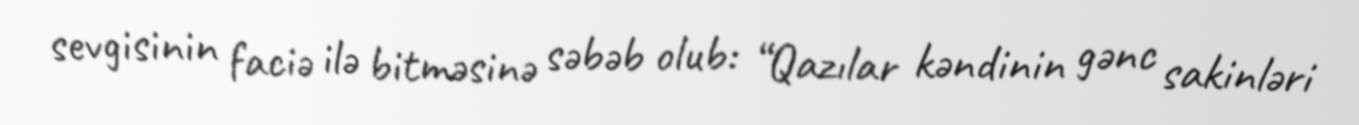
sevgisinin faciə ilə bitməsinə səbəb olub: “Qazılar kəndinin gənc sakinləri